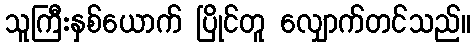
သူကြီးနှစ်ယောက် ပြိုင်တူ လျှောက်တင်သည်။